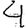
Digit: 4